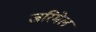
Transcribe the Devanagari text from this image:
जरिमेल